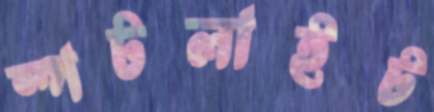
স্পটলাইট